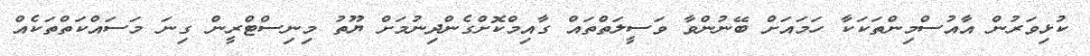
ކުޅިވަރުން އާއުސްމިންތަކަކާ ހަމައަށް ބޭނުންވާ ވަސީލަތްތައް ގާއިމްކޮށްގެންދިނުމަށް ޔޫތު މިނިސްޓްރީން ގިނަ މަސައްކަތްތަކެއް